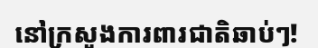
នៅក្រសួងការពារជាតិឆាប់ៗ!